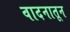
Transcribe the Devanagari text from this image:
वादनातून